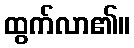
ထွက်လာ၏။